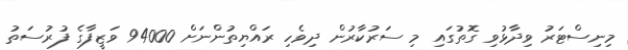
މިނިސްޓަރު ވިދާޅުވި ގޮތުގައި މި ސަރުކާރުން ދިވެހި ރައްޔިތުންނަށް 94000 ވަޒީފާގެ ފުރުސަތު